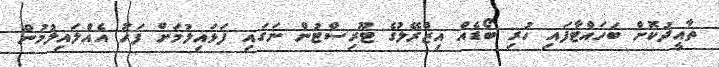
ތާއީދުކޮށް ބަހައްޓާފައި ހުރި ބޯޑެއް އިޒްރޭލުގެ ޓޫރިސްޓުން ނަގައި ފަޅައިލުމަށް ފަހު އެއްލައިލުމުން